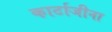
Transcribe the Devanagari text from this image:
कार्टाजीना